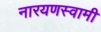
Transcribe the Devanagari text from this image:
नारयणस्वामी